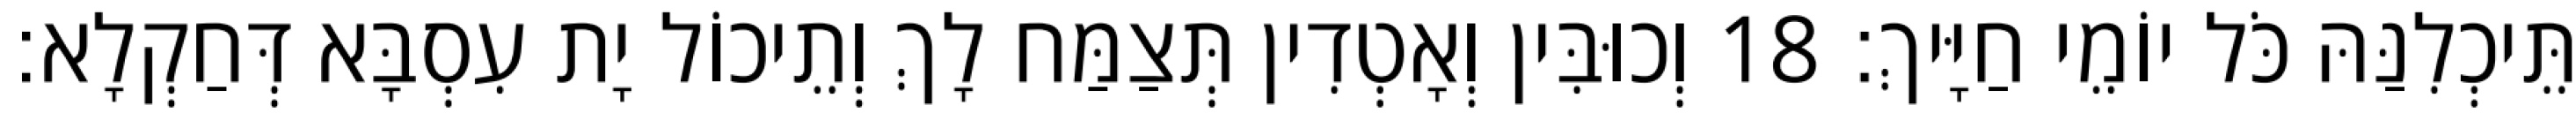
תֵּיכְלִנַּהּ כֹּל יוֹמֵי חַיָּיךְ׃ 18 וְכוּבִּין וְאָטְדִין תְּצַמַּח לָךְ וְתֵיכוֹל יָת עִסְבָּא דְּחַקְלָא׃